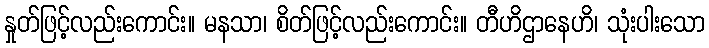
နှုတ်ဖြင့်လည်းကောင်း။ မနသာ၊ စိတ်ဖြင့်လည်းကောင်း။ တီဟိဌာနေဟိ၊ သုံးပါးသော